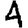
Digit: 4